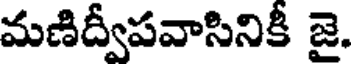
మణిద్వీపవాసినికీ జై.